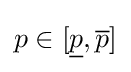
p\in [{\underline {p}},{\overline {p}}]